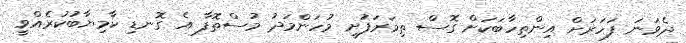
ދެވަނަ ފަހަރަށް އިންތިހާބަކަށް ގޮސް ތިމަރަފުށީ މުހަންމަދު މުސްތޮފާ އެ ގޮނޑި ކާމިޔާބުކުރެއްވީ